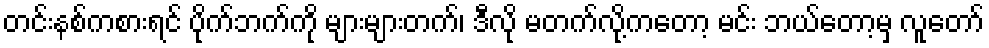
တင်းနစ်ကစားရင် ပိုက်ဘက်ကို များများတက်၊ ဒီလို မတက်လို့ကတော့ မင်း ဘယ်တော့မှ လူတော်